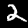
Digit: 2